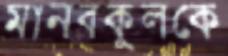
মানবকুলকে